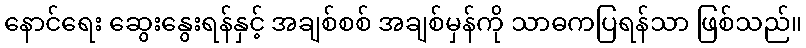
နောင်ရေး ဆွေးနွေးရန်နှင့် အချစ်စစ် အချစ်မှန်ကို သာဓကပြရန်သာ ဖြစ်သည်။